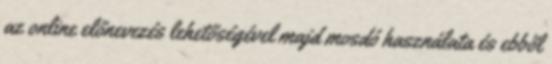
az online előnevezés lehetőségével majd mosdó használata és ebből